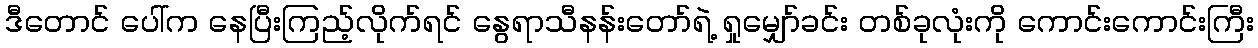
ဒီတောင် ပေါ်က နေပြီးကြည့်လိုက်ရင် နွေရာသီနန်းတော်ရဲ့ ရှုမျှော်ခင်း တစ်ခုလုံးကို ကောင်းကောင်းကြီး